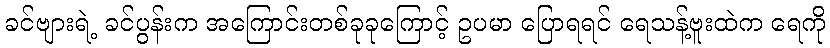
ခင်ဗျားရဲ့ ခင်ပွန်းက အကြောင်းတစ်ခုခုကြောင့် ဥပမာ ပြောရရင် ရေသန့်ဗူးထဲက ရေကို